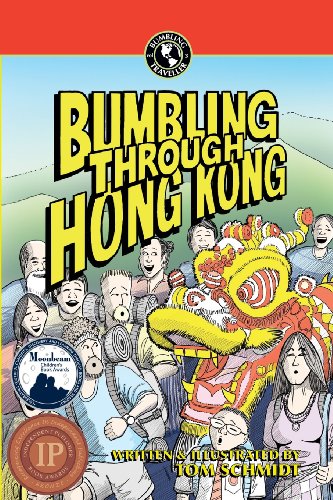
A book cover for Bumbling Through Hong Kong; Tom Schmidt; Travel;